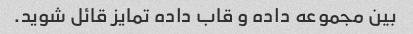
بین مجموعه داده و قاب داده تمایز قائل شوید.